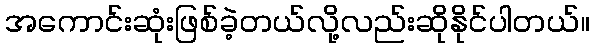
အကောင်းဆုံးဖြစ်ခဲ့တယ်လို့လည်းဆိုနိုင်ပါတယ်။